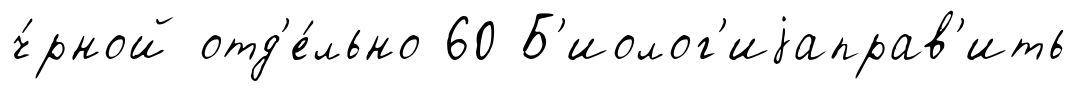
ч́рной отд'е́льно 60 Б'иолог'иjаправ'ить